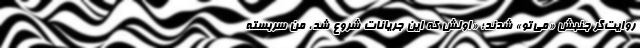
روایت‌گر جنبش «می‌تو» شدند؛ «اولش که این جریانات شروع شد، من سربسته